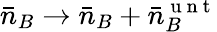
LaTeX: \bar{n}_{B}\rightarrow\bar{n}_{B}+\bar{n}_{B}^{\mathrm{~u~n~t~}}